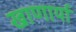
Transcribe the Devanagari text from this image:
खाणार्या